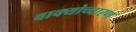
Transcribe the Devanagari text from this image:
वाक्योच्चारण